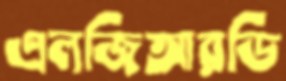
এলজিআরডি